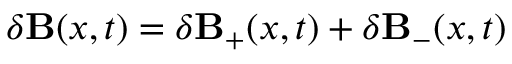
\delta { \bf B } ( x , t ) = \delta { \bf B } _ { + } ( x , t ) + \delta { \bf B } _ { - } ( x , t )